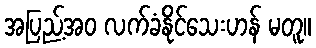
အပြည့်အဝ လက်ခံနိုင်သေးဟန် မတူ။